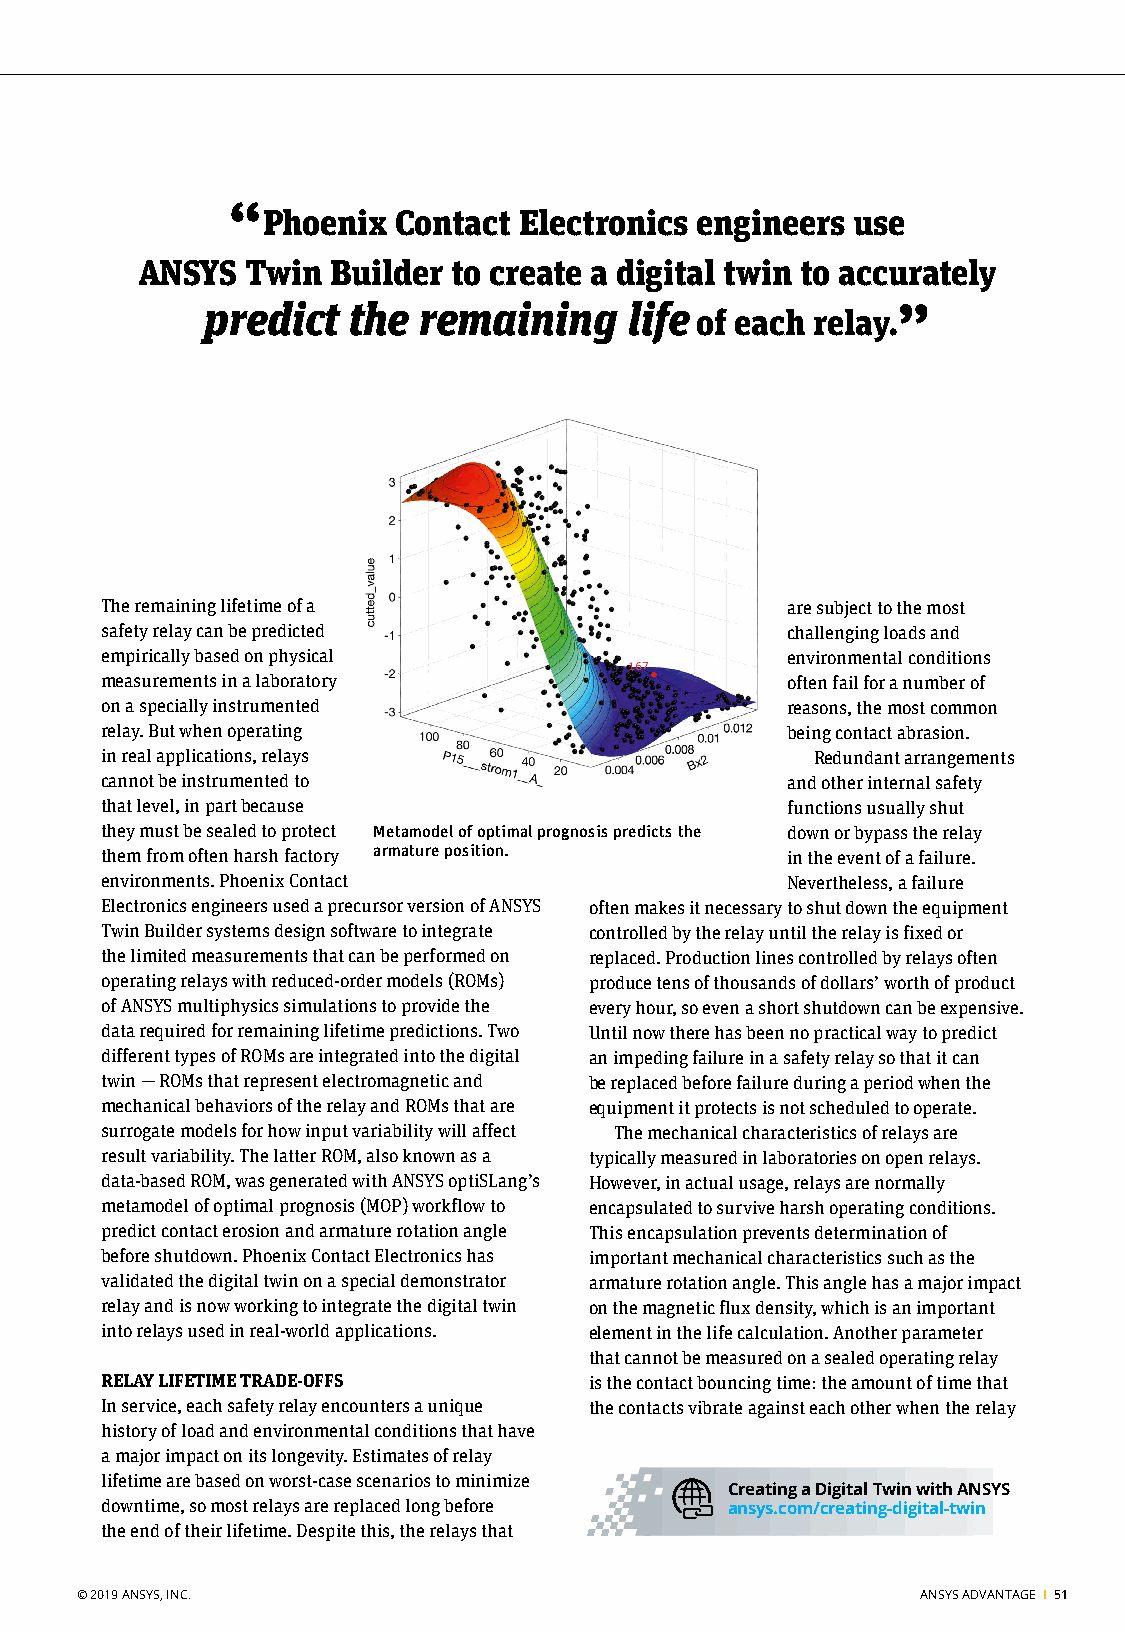
“
 Phoenix  Contact Electronics engineers use
 ANSYS  Twin  Builder to create a digital twin to accurately
 predict  the  remaining     life of each relay.”
 The remaining lifetime of a                  are subject to the most
 safety relay can be predicted                challenging loads and
 empirically based on physical                environmental conditions
 measurements in a laboratory                 often fail for a number of
 on a specially instrumented                  reasons, the most common
 relay. But when operating                    being contact abrasion.
 in real applications, relays                   Redundant arrangements
 cannot be instrumented to                    and other internal safety
 that level, in part because                  functions usually shut
 they must be sealed to protect Metamodel of optimal prognosis predicts the down or bypass the relay
 them from often harsh factory armature position. in the event of a failure.
 environments. Phoenix Contact                Nevertheless, a failure
 Electronics engineers used a precursor version of ANSYS often makes it necessary to shut down the equipment
 Twin Builder systems design software to integrate controlled by the relay until the relay is fixed or
 the limited measurements that can be performed on replaced. Production lines controlled by relays often
 operating relays with reduced-order models (ROMs) produce tens of thousands of dollars’ worth of product
 of ANSYS multiphysics simulations to provide the every hour, so even a short shutdown can be expensive.
 data required for remaining lifetime predictions. Two Until now there has been no practical way to predict
 different types of ROMs are integrated into the digital an impeding failure in a safety relay so that it can
 twin — ROMs that represent electromagnetic and be replaced before failure during a period when the
 mechanical behaviors of the relay and ROMs that are equipment it protects is not scheduled to operate.
 surrogate models for how input variability will affect The mechanical characteristics of relays are
 result variability. The latter ROM, also known as a typically measured in laboratories on open relays.
 data-based ROM, was generated with ANSYS optiSLang’s However, in actual usage, relays are normally
 metamodel of optimal prognosis (MOP) workflow to encapsulated to survive harsh operating conditions.
 predict contact erosion and armature rotation angle This encapsulation prevents determination of
 before shutdown. Phoenix Contact Electronics has important mechanical characteristics such as the
 validated the digital twin on a special demonstrator armature rotation angle. This angle has a major impact
 relay and is now working to integrate the digital twin on the magnetic flux density, which is an important
 into relays used in real-world applications. element in the life calculation. Another parameter
 that cannot be measured on a sealed operating relay
 RELAY LIFETIME TRADE-OFFS       is the contact bouncing time: the amount of time that
 In service, each safety relay encounters a unique the contacts vibrate against each other when the relay
 history of load and environmental conditions that have
 a major impact on its longevity. Estimates of relay
 lifetime are based on worst-case scenarios to minimize
 Creating a Digital Twin with ANSYS
 downtime, so most relays are replaced long before ansys.com/creating-digital-twin
 the end of their lifetime. Despite this, the relays that
 © 2019 ANSYS, INC.                                      ANSYS ADVANTAGE I 51